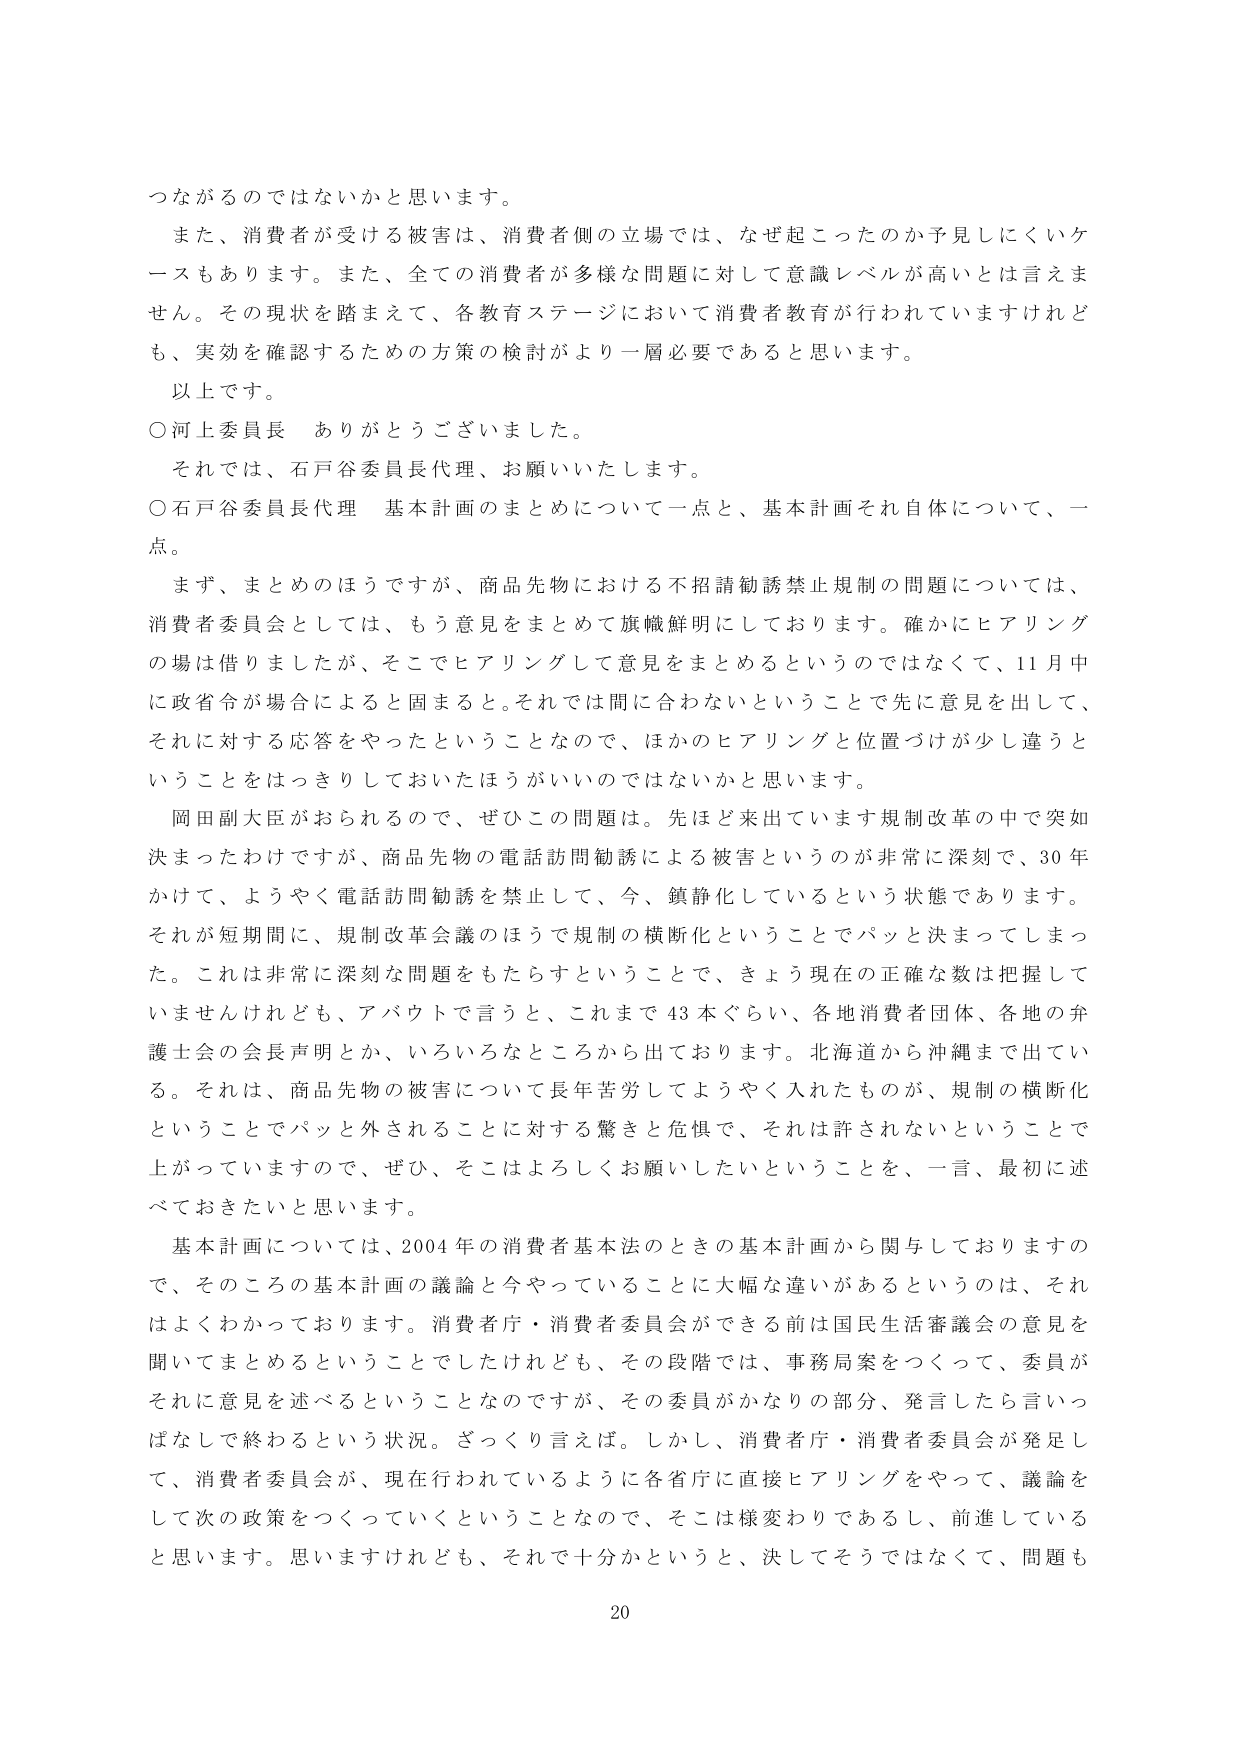
つながるのではないかと思います。

また、消費者が受ける被害は、消費者側の立場では、なぜ起こったのか予見しにくいケースもあります。また、全ての消費者が多様な問題に対して意識レベルが高いとは言えません。その現状を踏まえて、各教育ステージにおいて消費者教育が行われていますけれども、実効を確認するための方策の検討がより一層必要であると思います。

以上です。

○河上委員長　ありがとうございました。

それでは、石戸谷委員長代理、お願いいたします。

○石戸谷委員長代理　基本計画のまとめについて一点と、基本計画それ自体について、一点。

まず、まとめのほうですが、商品先物における不招請勧誘禁止規制の問題については、消費者委員会としては、もう意見をまとめて旗幟鮮明にしております。確かにヒアリングの場は借りましたが、そこでヒアリングして意見をまとめるというのではなくて、11月中に政省令が場合によると固まると。それでは間に合わないということで先に意見を出して、それに対する応答をやったということなので、ほかのヒアリングと位置づけが少し違うということをはっきりしておいたほうがいいのではないかと思います。

岡田副大臣がおられるので、ぜひこの問題は。先ほど来出ています規制改革の中で突如決まったわけですが、商品先物の電話訪問勧誘による被害というのが非常に深刻で、30年かけて、ようやく電話訪問勧誘を禁止して、今、鎮静化しているという状態であります。それが短期間に、規制改革会議のほうで規制の横断化ということでパッと決まってしまった。これは非常に深刻な問題をもたらすということで、きょう現在の正確な数は把握していませんけれども、アバウトで言うと、これまで43本ぐらい、各地消費者団体、各地の弁護士会の会長声明とか、いろいろなところから出ております。北海道から沖縄まで出ている。それは、商品先物の被害について長年苦労してようやく入れたものが、規制の横断化ということでパッと外されることに対する驚きと危惧で、それは許されないということで上がっていますので、ぜひ、そこはよろしくお願いしたいということを、一言、最初に述べておきたいと思います。

基本計画については、2004年の消費者基本法のときの基本計画から関与しておりますので、そのころの基本計画の議論と今やっていることに大幅な違いがあるというのは、それはよくわかっております。消費者庁・消費者委員会ができる前は国民生活審議会の意見を聞いてまとめるということでしたけれども、その段階では、事務局案をつくって、委員がそれに意見を述べるということになるのですが、その委員がかなりの部分、発言したら言いつぱなしで終わるという状況。ざっくり言えば。しかし、消費者庁・消費者委員会が発足して、消費者委員会が、現在行われているように各省庁に直接ヒアリングをやって、議論をして次の政策をつくっていくということなので、そこは様変わりであるし、前進していると思います。思いますけれども、それで十分かというと、決してそうではなくて、問題も

20